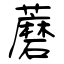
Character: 蘑